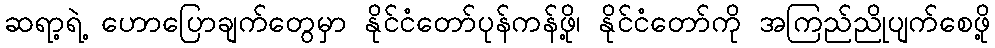
ဆရာ့ရဲ့ ဟောပြောချက်တွေမှာ နိုင်ငံတော်ပုန်ကန်ဖို့၊ နိုင်ငံတော်ကို အကြည်ညိုပျက်စေဖို့